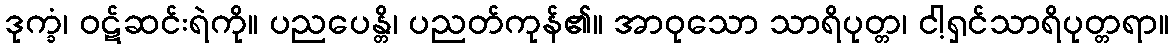
ဒုက္ခံ၊ ဝဋ်ဆင်းရဲကို။ ပညပေန္တိ၊ ပညတ်ကုန်၏။ အာဝုသော သာရိပုတ္တ၊ ငါ့ရှင်သာရိပုတ္တရာ။